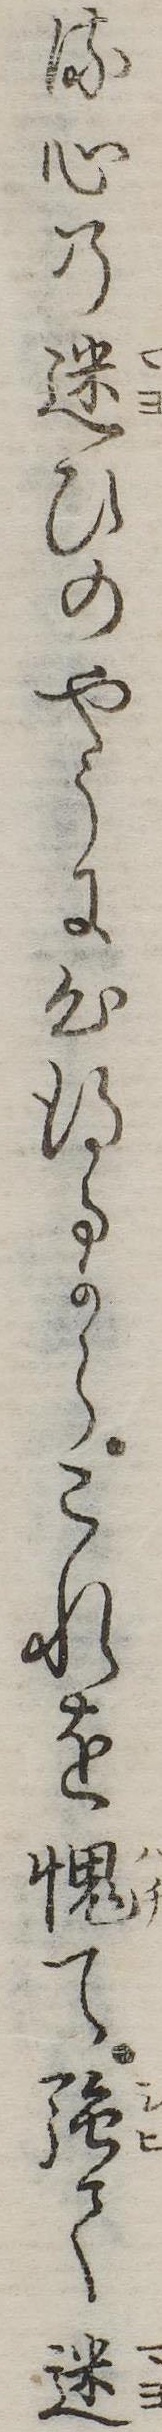
る心の迷ひのやうに心得るからこれを愧て強て迷